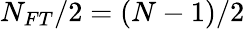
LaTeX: N_{FT}/2=\left(N-1\right)/2